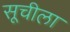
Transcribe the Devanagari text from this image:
सूचीला